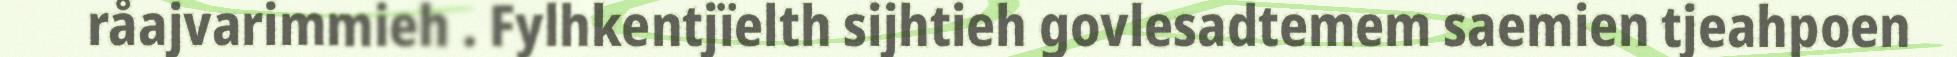
råajvarimmieh . Fylhkentjïelth sijhtieh govlesadtemem saemien tjeahpoen